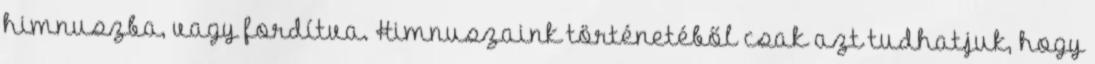
himnuszba, vagy fordítva. Himnuszaink történetéből csak azt tudhatjuk, hogy